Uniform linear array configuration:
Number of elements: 32
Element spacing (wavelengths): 0.5
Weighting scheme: kaiser
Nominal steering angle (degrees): -15
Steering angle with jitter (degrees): -13.377
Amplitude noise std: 0.05
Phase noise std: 0.05

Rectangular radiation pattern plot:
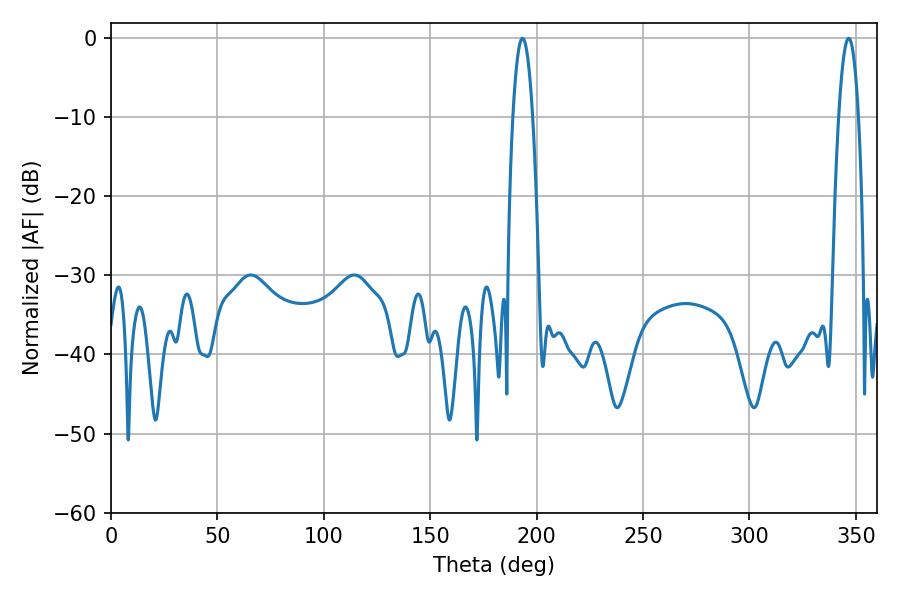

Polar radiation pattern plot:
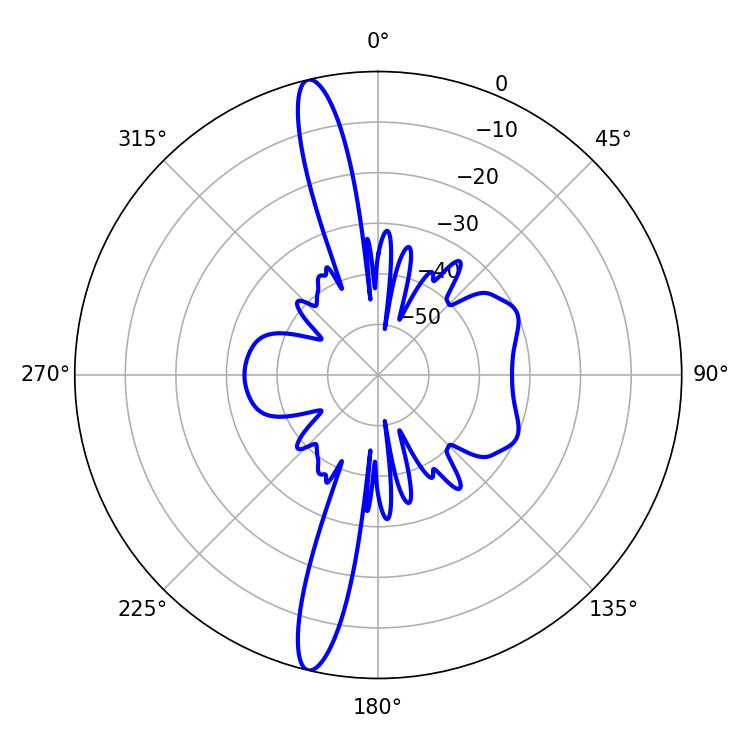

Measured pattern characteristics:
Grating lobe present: FALSE
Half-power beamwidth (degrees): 5.22
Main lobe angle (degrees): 193.32